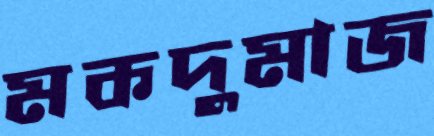
মকদুমাজ